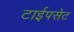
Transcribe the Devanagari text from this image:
टाईपसेट